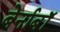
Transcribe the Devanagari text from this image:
बेर्नाबॉ